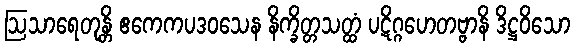
ဩသာရေတုန္တိ ဧကေကပဒဝသေန နိက္ခိတ္တသတ္ထံ ပဋိဂ္ဂဟေတဗ္ဗာနိ ဒိဋ္ဌဝိသော